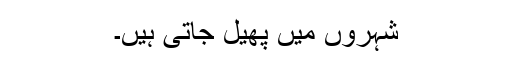
شہروں میں پھیل جاتی ہیں۔